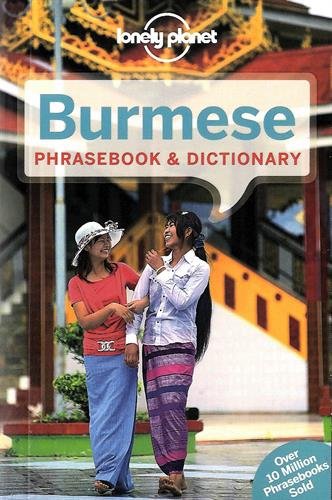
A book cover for Lonely Planet Burmese Phrasebook & Dictionary (Lonely Planet Phrasebook and Dictionary); Lonely Planet; Travel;